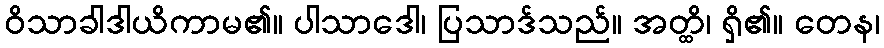
ဝိသာခါဒါယိကာမ၏။ ပါသာဒေါ၊ ပြသာဒ်သည်။ အတ္ထိ၊ ရှိ၏။ တေန၊